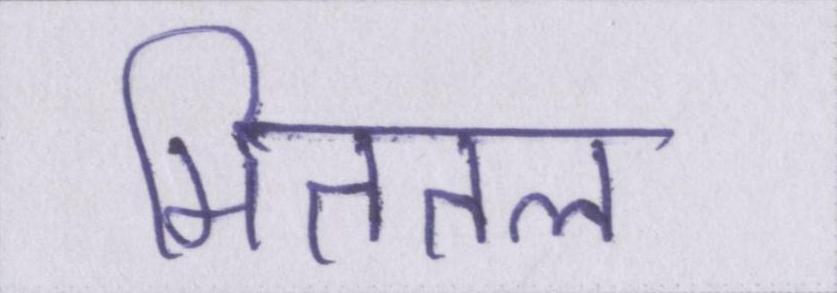
मिततल